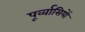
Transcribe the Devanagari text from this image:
पूर्व्वासियों